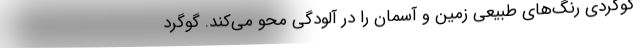
گوگردی رنگ‌های طبیعی زمین و آسمان را در آلودگی‌ محو می‌کند. گوگرد